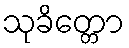
သုခိတ္တော